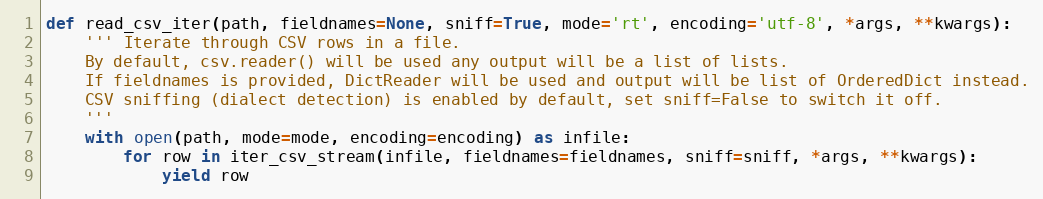
Language: Python
def read_csv_iter(path, fieldnames=None, sniff=True, mode='rt', encoding='utf-8', *args, **kwargs):
    ''' Iterate through CSV rows in a file.
    By default, csv.reader() will be used any output will be a list of lists.
    If fieldnames is provided, DictReader will be used and output will be list of OrderedDict instead.
    CSV sniffing (dialect detection) is enabled by default, set sniff=False to switch it off.
    '''
    with open(path, mode=mode, encoding=encoding) as infile:
        for row in iter_csv_stream(infile, fieldnames=fieldnames, sniff=sniff, *args, **kwargs):
            yield row